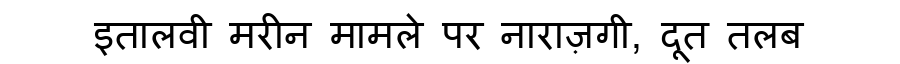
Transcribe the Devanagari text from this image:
इतालवी मरीन मामले पर नाराज़गी, दूत तलब